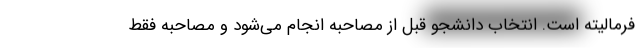
فرمالیته است. انتخاب دانشجو قبل از مصاحبه انجام می‌شود و مصاحبه فقط